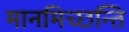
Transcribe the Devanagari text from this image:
मानमिच्छन्ति